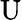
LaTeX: \mathrm{U}